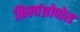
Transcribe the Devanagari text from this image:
फ़िलांथ्रोपोस